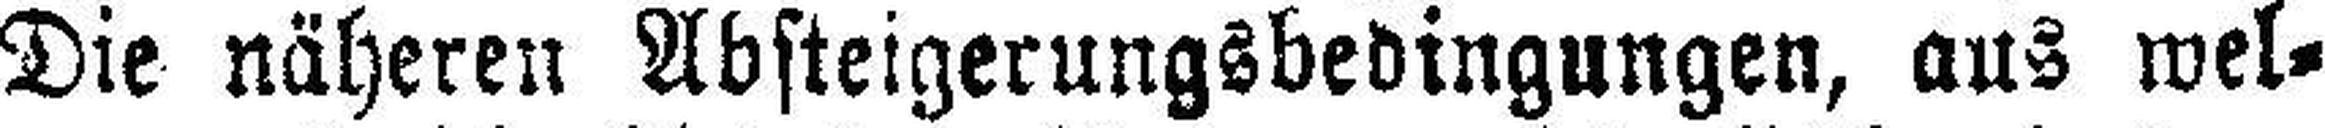
Die näheren Absteigerungsbedingungen, aus wel¬